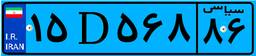
۱۵D۵۶۸۸۶